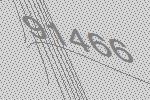
91466